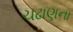
ચઢાણના